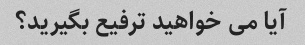
آیا می خواهید ترفیع بگیرید؟